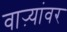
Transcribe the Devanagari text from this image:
वाऱ्यांवर